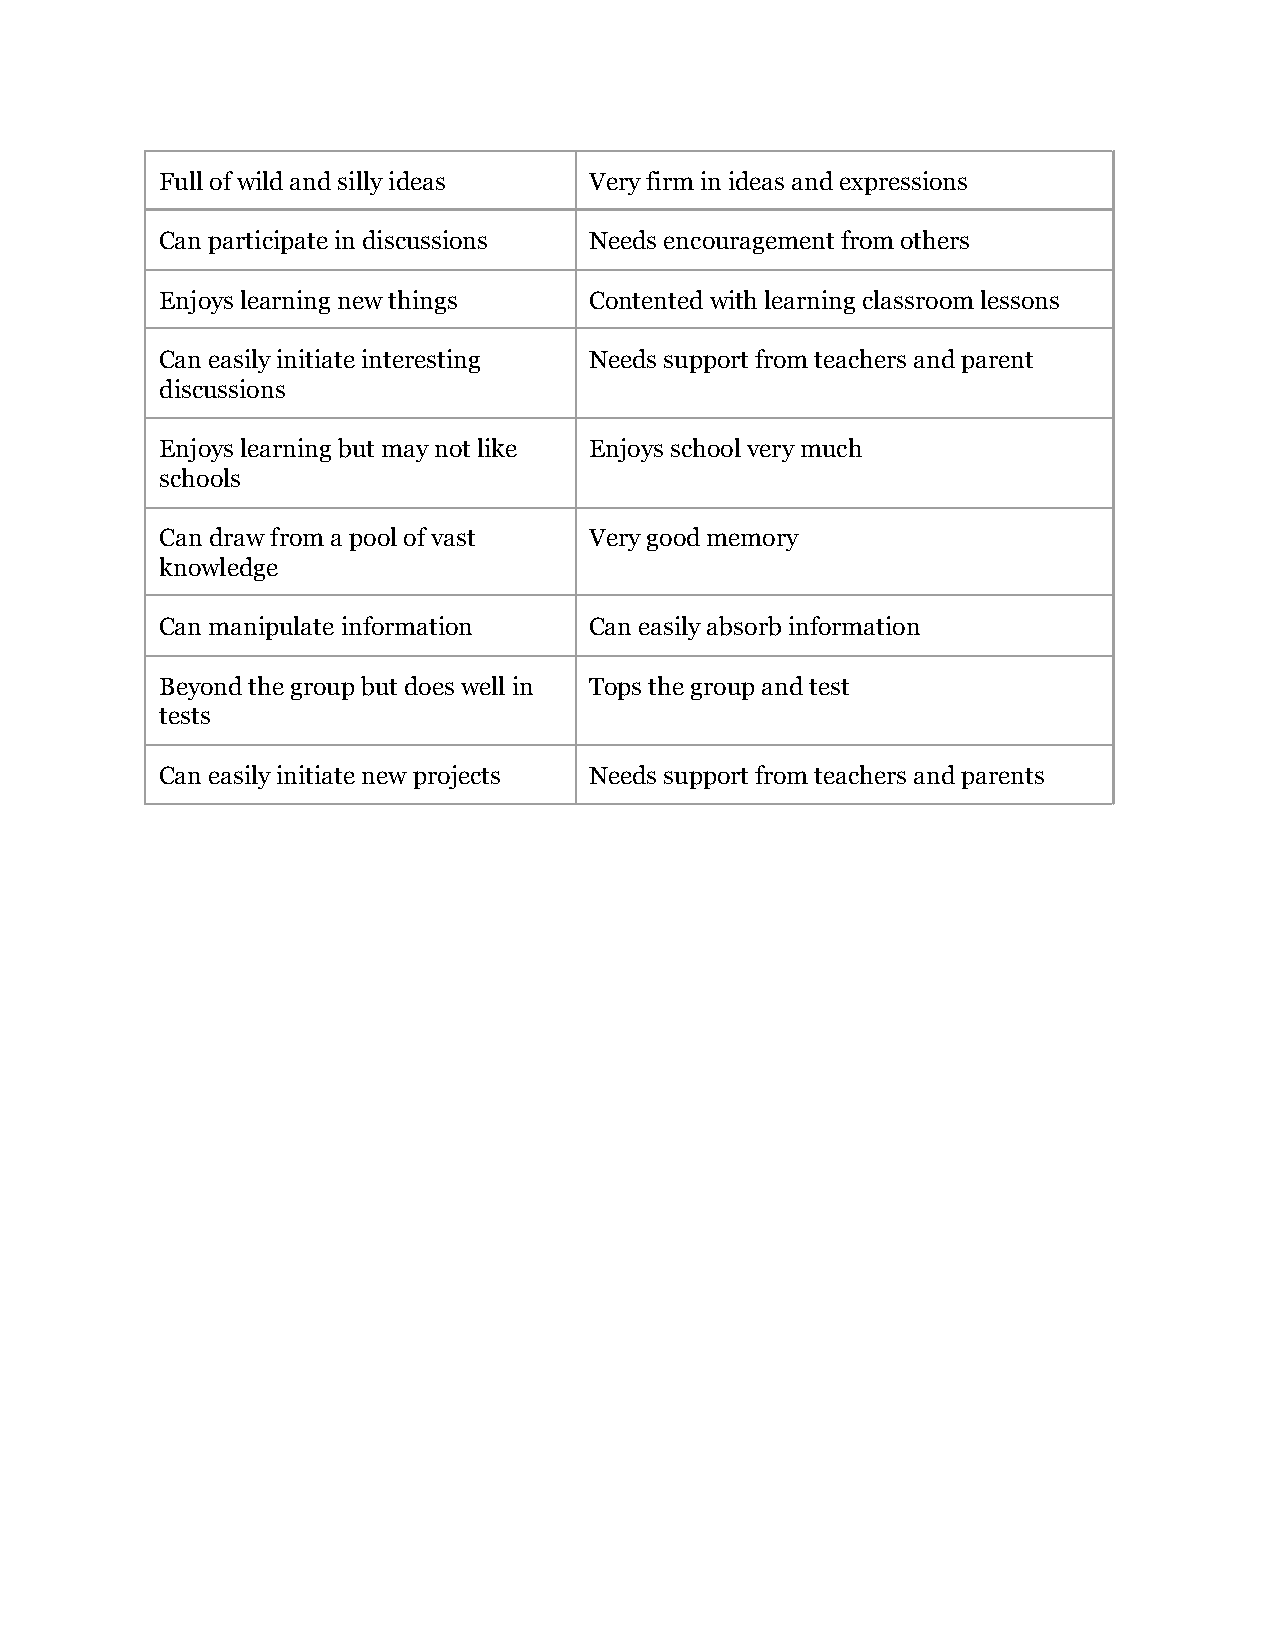
Full of wild and silly ideas Very firm in ideas and expressions
 Can participate in discussions Needs encouragement from others
 Enjoys learning new things  Contented with learning classroom lessons
 Can easily initiate interesting Needs support from teachers and parent
 discussions
 Enjoys learning but may not like Enjoys school very much
 schools
 Can draw from a pool of vast Very good memory
 knowledge
 Can manipulate information  Can easily absorb information
 Beyond the group but does well in Tops the group and test
 tests
 Can easily initiate new projects Needs support from teachers and parents